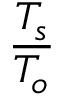
\frac { T _ { s } } { T _ { o } }